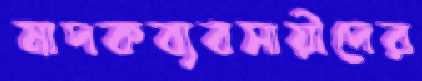
মাদকব্যবসায়ীদের